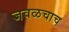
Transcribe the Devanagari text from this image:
जवळचाच